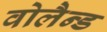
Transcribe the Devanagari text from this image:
वोलैन्ड